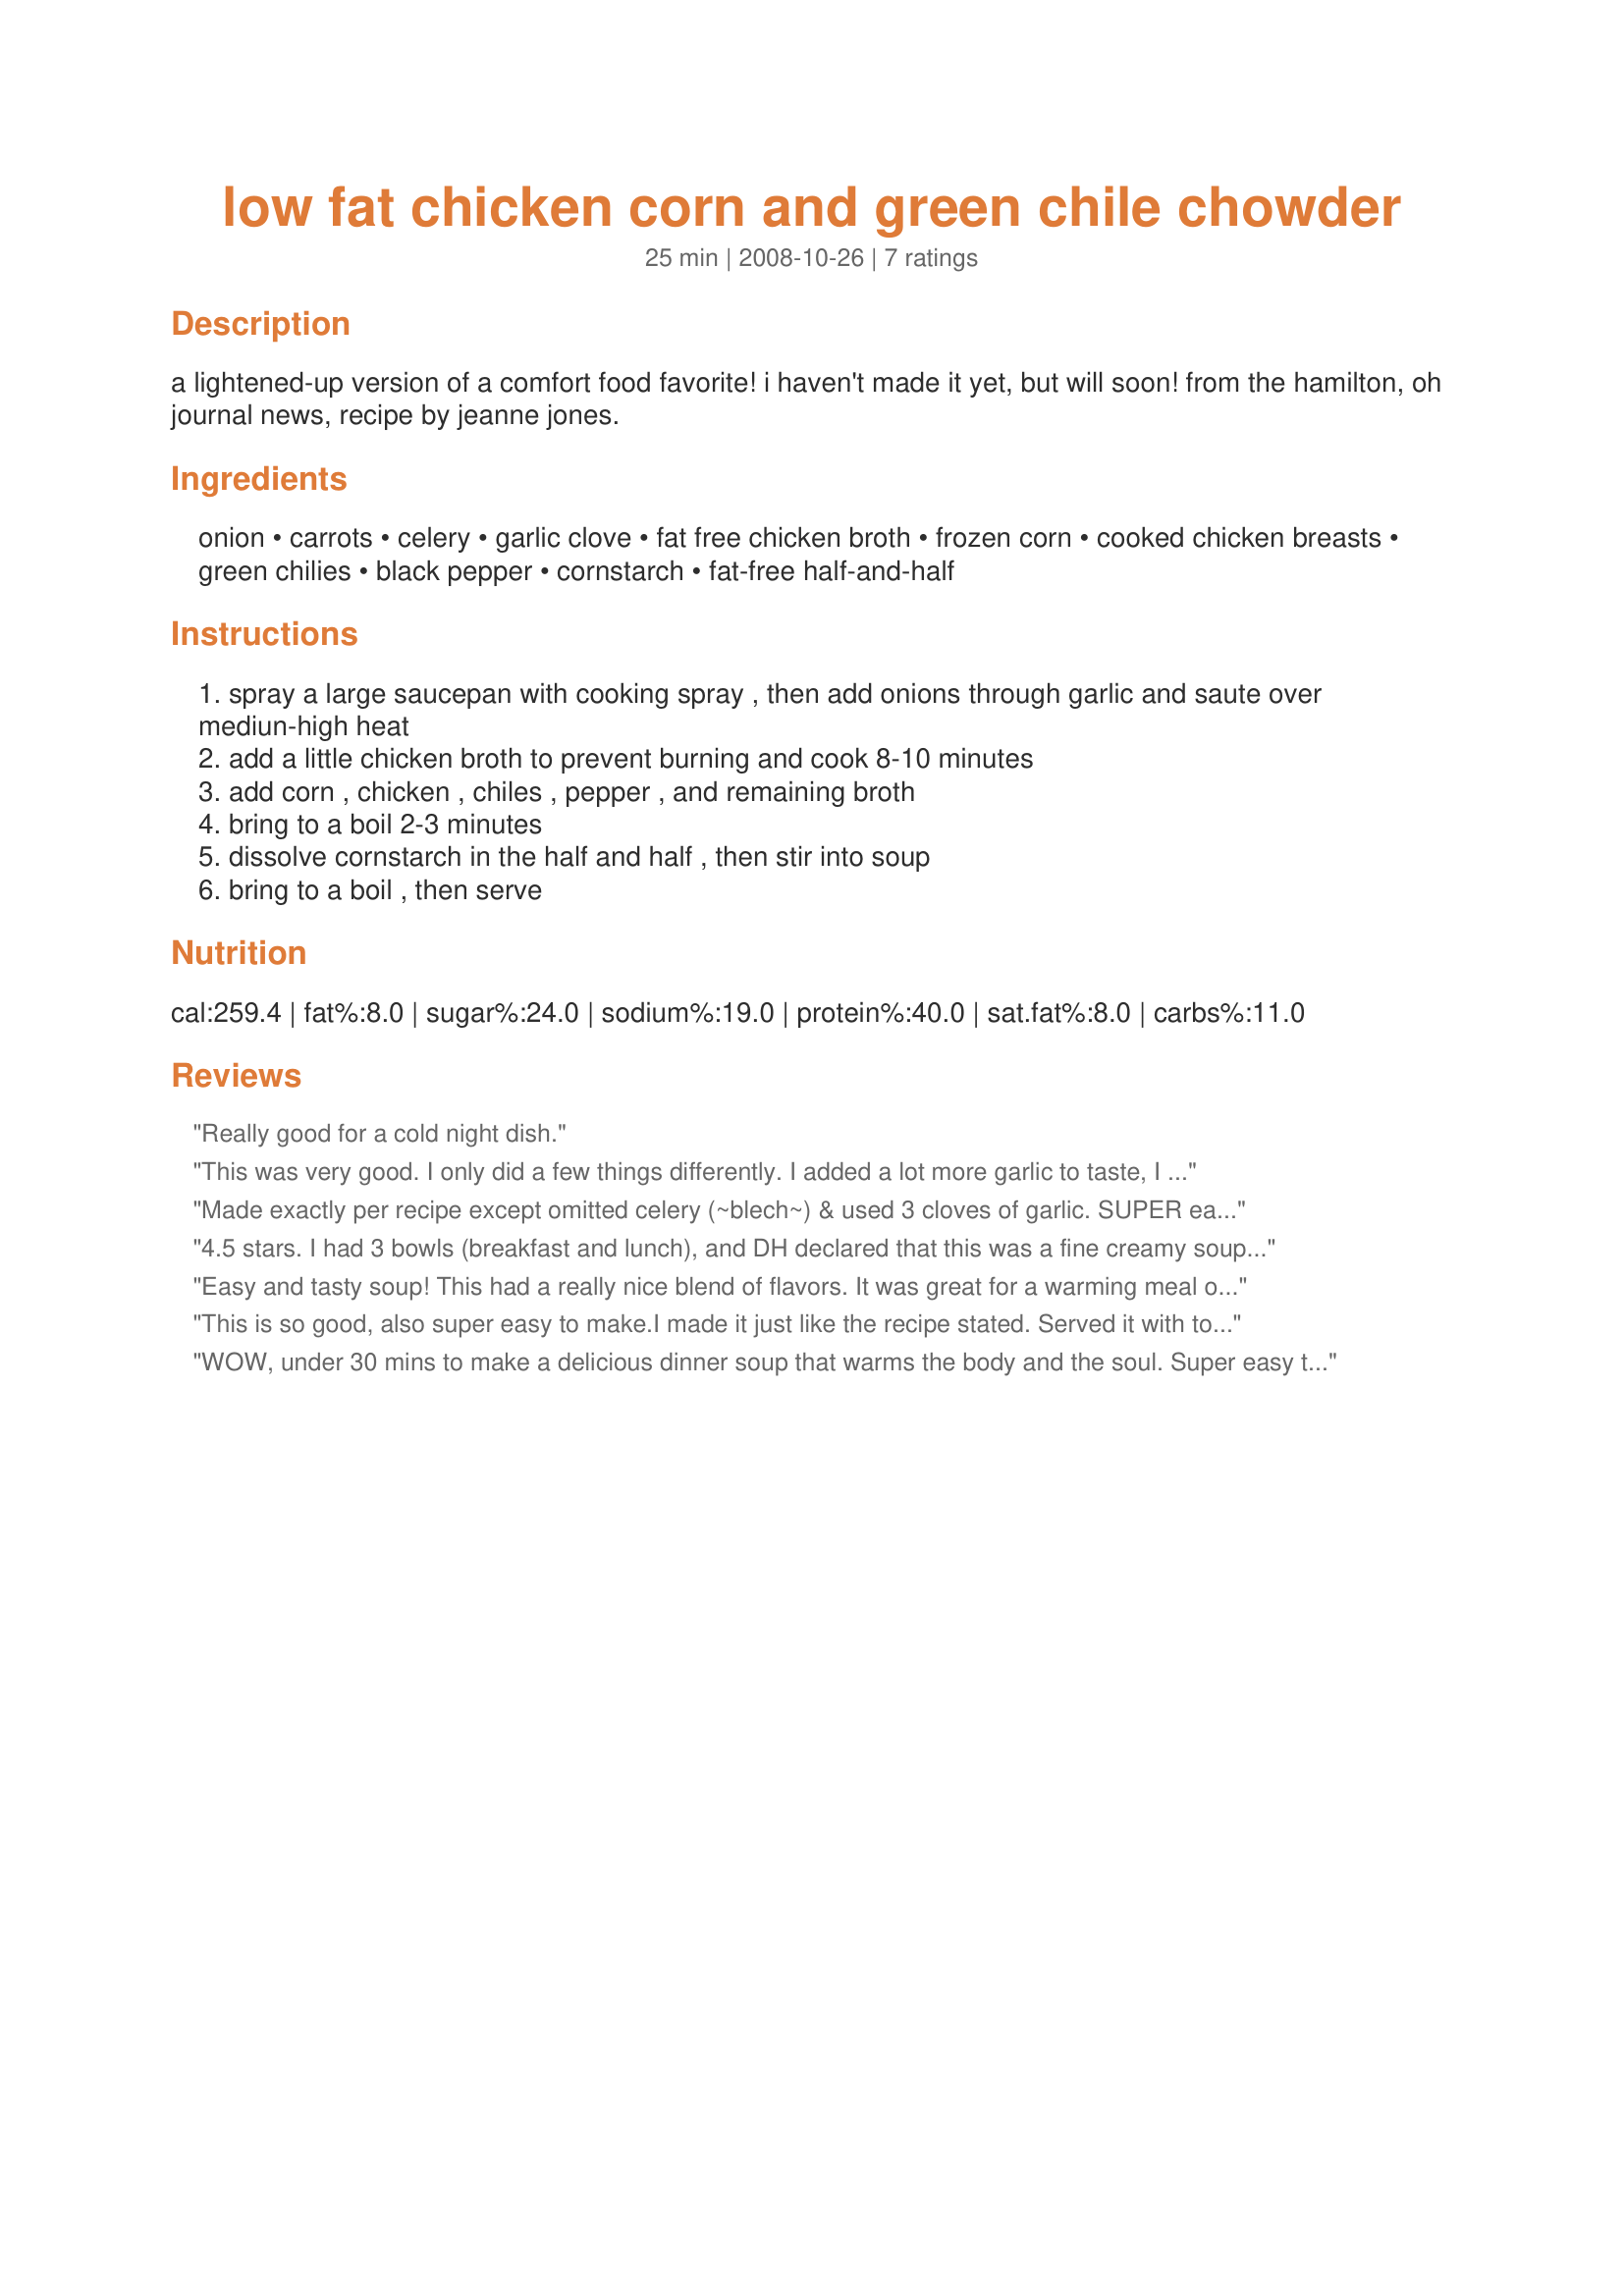
low fat chicken corn and green chile chowder
Preparation time: 25 minutes

a lightened-up version of a comfort food favorite! i haven't made it yet, but will soon! from the hamilton, oh journal news, recipe by jeanne jones.

Ingredients:
onion, carrots, celery, garlic clove, fat free chicken broth, frozen corn, cooked chicken breasts, green chilies, black pepper, cornstarch, fat-free half-and-half

Steps:
spray a large saucepan with cooking spray , then add onions through garlic and saute over mediun-high heat
add a little chicken broth to prevent burning and cook 8-10 minutes
add corn , chicken , chiles , pepper , and remaining broth
bring to a boil 2-3 minutes
dissolve cornstarch in the half and half , then stir into soup
bring to a boil , then serve

Reviews:
Really good for a cold night dish.
This was very good. I only did a few things differently. I added a lot more garlic to taste, I added a 1 tsp of cumin and used 4 cups of chicken broth with a little more cornstarch. Other than that I followed it pretty closely. I will be making this often. Can also add in some red potatoes. It took me no more than 30 minutes to prepare.
Made exactly per recipe except omitted celery (~blech~) & used 3 cloves of garlic. SUPER easy to put together. I used 3C chicken stock and got 7 servings at 1C each which I froze for grab'n'go lunches. The pepper gives it a nice zing. After trying it, I decided to add some salt to it (I used no-sodium chicken stock) and that definitely improved it! Thanks for sharing this!
4.5 stars. I had 3 bowls (breakfast and lunch), and DH declared that this was a fine creamy soup (he generally avoids creamy soups) that just needed some Old Bay to add the final spicy kick. I tried that, and agree. By the way, I used 2 Tbsp. canola oil; my cookware needs the oil to saute well. I saved the rest for lunches this week; I don't think this will freeze well. Made for The Wild Bunch in ZWT8 for its trip to Mexico.
Easy and tasty soup! This had a really nice blend of flavors. It was great for a warming meal on a cold day. Thank you for sharing!
This is so good, also super easy to make.I made it just like the recipe stated. Served it with toped with grated cheddar cheese & cornbread. DH loved this soup it will be made often
WOW, under 30 mins to make a delicious dinner soup that warms the body and the soul. Super easy to make (and I started with raw chicken) but it doesn't taste like it was made on the fly. I'm not the worlds biggest corn fan but I do keep frozen corn and use it on occasion and this soup was the perfect thing for it. The recipe is filling and hearty without being heavy and I think that it would work well in the crock pot if you'll be spending the afternoon out. Thanks for a soup that I know I'll be making again! :D
